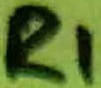
Text: R1